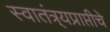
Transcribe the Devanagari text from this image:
स्वातंत्र्यप्राप्तीचे